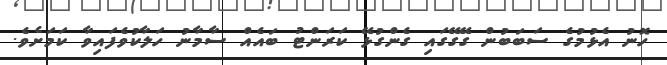
ހޮނު އެޅުމުގެ ސަބަބުން ގޭގޭގައި ގެންގުޅޭ ކަރަންޓު ބައެއް ސާމާނު ހަލާކުވެފައިވާ ކަމަށެވެ.